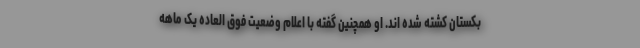
بکستان کشته شده اند. او همچنین گفته با اعلام وضعیت فوق العاده یک ماهه